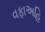
વફાઅહિ